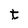
Character: t